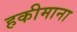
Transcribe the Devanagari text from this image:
हकीमाना